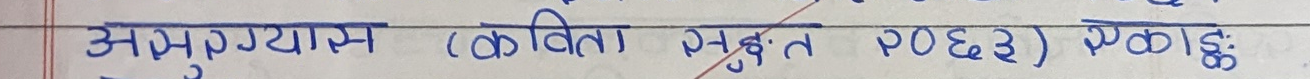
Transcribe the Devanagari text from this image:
अभ्यास (कविता २) एकाइ: